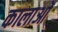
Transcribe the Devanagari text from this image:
कालाओं